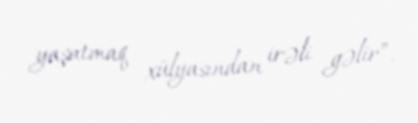
yaşatmaq xülyasından irəli gəlir”.